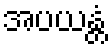
အပယန္တံ